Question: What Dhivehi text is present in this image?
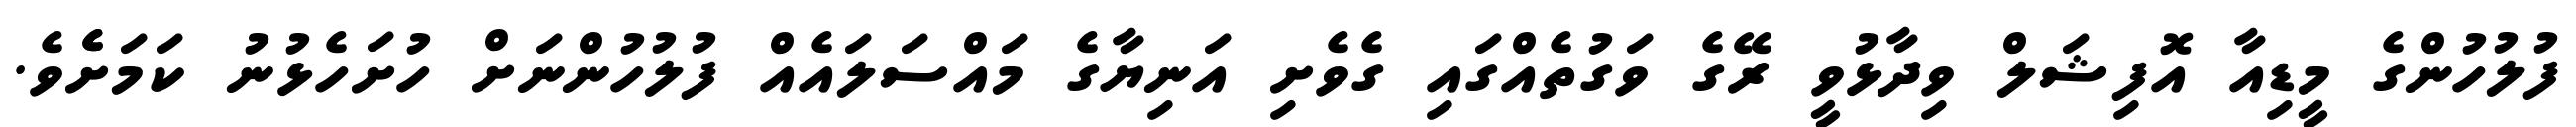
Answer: ފުލުހުންގެ މީޑިއާ އޮފިޝަލް ވިދާޅުވީ ރޭގެ ވަގުތެއްގައި ގެވެށި އަނިޔާގެ މައްސަލައެއް ފުލުހުންނަށް ހުށަހެޅުނު ކަމަށެެވެ.